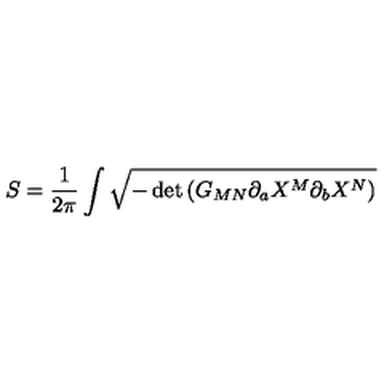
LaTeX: S = \frac { 1 } { 2 \pi } \int \sqrt { - \det \left( G _ { M N } \partial _ { a } X ^ { M } \partial _ { b } X ^ { N } \right) }